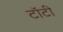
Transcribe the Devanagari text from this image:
टॉटी